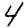
Digit: 4